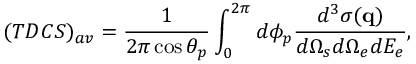
( T D C S ) _ { a v } = \frac { 1 } { 2 \pi \cos \theta _ { p } } \int _ { 0 } ^ { 2 \pi } d \phi _ { p } \frac { d ^ { 3 } \sigma ( \mathbf { q } ) } { d \Omega _ { s } d \Omega _ { e } d E _ { e } } ,